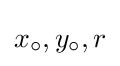
x_{\circ },y_{\circ },r